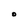
Character: O